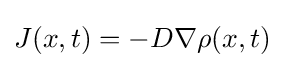
J(x,t)=-D\nabla \rho (x,t)